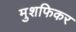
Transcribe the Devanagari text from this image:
मुशफिकर